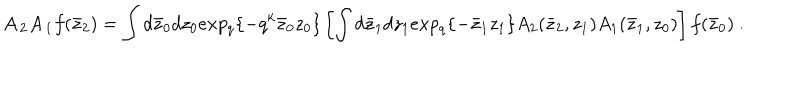
LaTeX: { \bf A _ { 2 } A _ { 1 } } f ( \bar { z } _ { 2 } ) = \int d \bar { z } _ { 0 } d z _ { 0 } e x p _ { q } \{ - q ^ { k } \bar { z } _ { 0 } z _ { 0 } \} \left[ \int d \bar { z } _ { 1 } d z _ { 1 } e x p _ { q } \{ - \bar { z } _ { 1 } z _ { 1 } \} A _ { 2 } ( \bar { z } _ { 2 } , z _ { 1 } ) A _ { 1 } ( \bar { z } _ { 1 } , z _ { 0 } ) \right] f ( \bar { z } _ { 0 } ) \ .